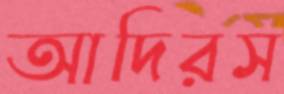
আদিরস